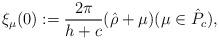
LaTeX: \begin{align*}\xi_\mu(0) :=\frac{2\pi }{h+c} (\hat\rho+\mu) (\mu \in \hat P_c),\end{align*}